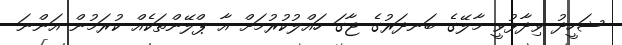
ޝަހީދު ވިދާޅުވީ މާލޭގެ ބަނދަރުގެ ޖާގަ ހައްލުކުރުމަށް އާ ޕްލޭންތަކެއް ކުރަމުން އަންނަ